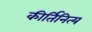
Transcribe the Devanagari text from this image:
कीर्तिनित्य